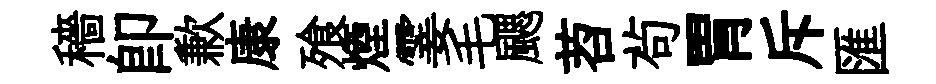
穡卽歉康飱煙霎毛颸苕茍胃斥匯